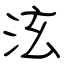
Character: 泫